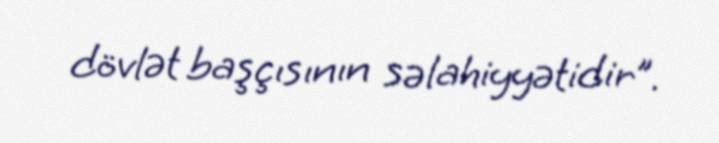
dövlət başçısının səlahiyyətidir”.